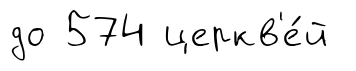
до 574 церкв'е́й